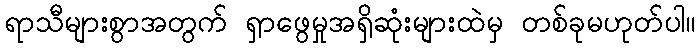
ရာသီများစွာအတွက် ရှာဖွေမှုအရှိဆုံးများထဲမှ တစ်ခုမဟုတ်ပါ။